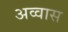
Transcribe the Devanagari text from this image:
अव्वास